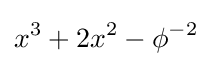
x^{3}+2x^{2}-\phi ^{-2}